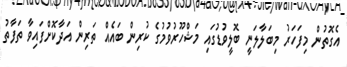
އެގޮތުން މިފަހަރު މިބަލާލަނީ ބޮލީވުޑުގައި މަޝްހޫރުވުމުގެ ކުރިން ބައެއް ތަރިން އަދާކޮށްފައިވާ ތަފާތު